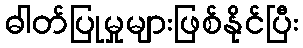
ဓါတ်ပြုမှုများဖြစ်နိုင်ပြီး